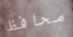
محافظ